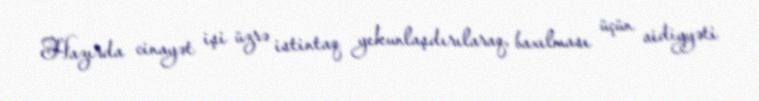
Hazırda cinayət işi üzrə istintaq yekunlaşdırılaraq, baxılması üçün aidiyyəti